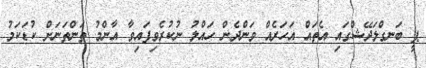
ޕީ ބަނގްލަދޭޝްގައި އެތައް އަހަރެއް ވަންދެން ހައްލު ނުކުރެވިފައިވާ އާންމު ތަންތަނަށް ކުޑަކަމު